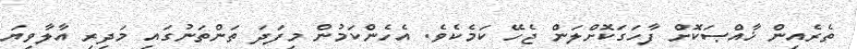
ތެރެއިން ޚާއްޞަކޮށް ފާހަގަކޮށްލަން ޖެހޭ ކަމެކެވެ. އެހެންކަމުން މިފަދަ ތަންތަނުގައި މަދިރި އާލާވިޔަ